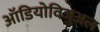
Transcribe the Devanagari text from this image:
ऑडियोविजुअल